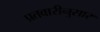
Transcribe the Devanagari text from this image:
प्रतवारीनुसार